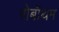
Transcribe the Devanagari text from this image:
रोबॉथम